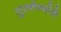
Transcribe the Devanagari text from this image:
तुल्तेन्गोचे